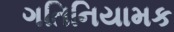
ગતિનિયામક